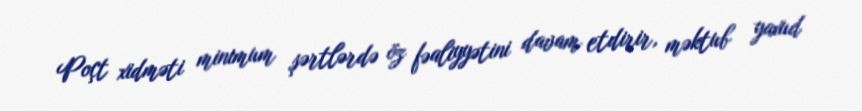
Poçt xidməti minimum şərtlərdə öz fəaliyyətini davam etdirir, məktub yaxud